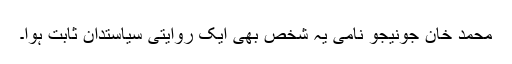
محمد خان جونیجو نامی یہ شخص بھی ایک روایتی سیاستدان ثابت ہوا۔